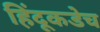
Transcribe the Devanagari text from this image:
हिंदूकडेच